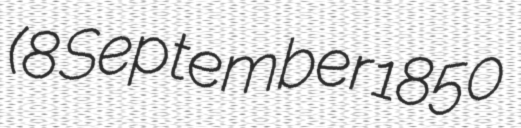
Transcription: (8 September 1850